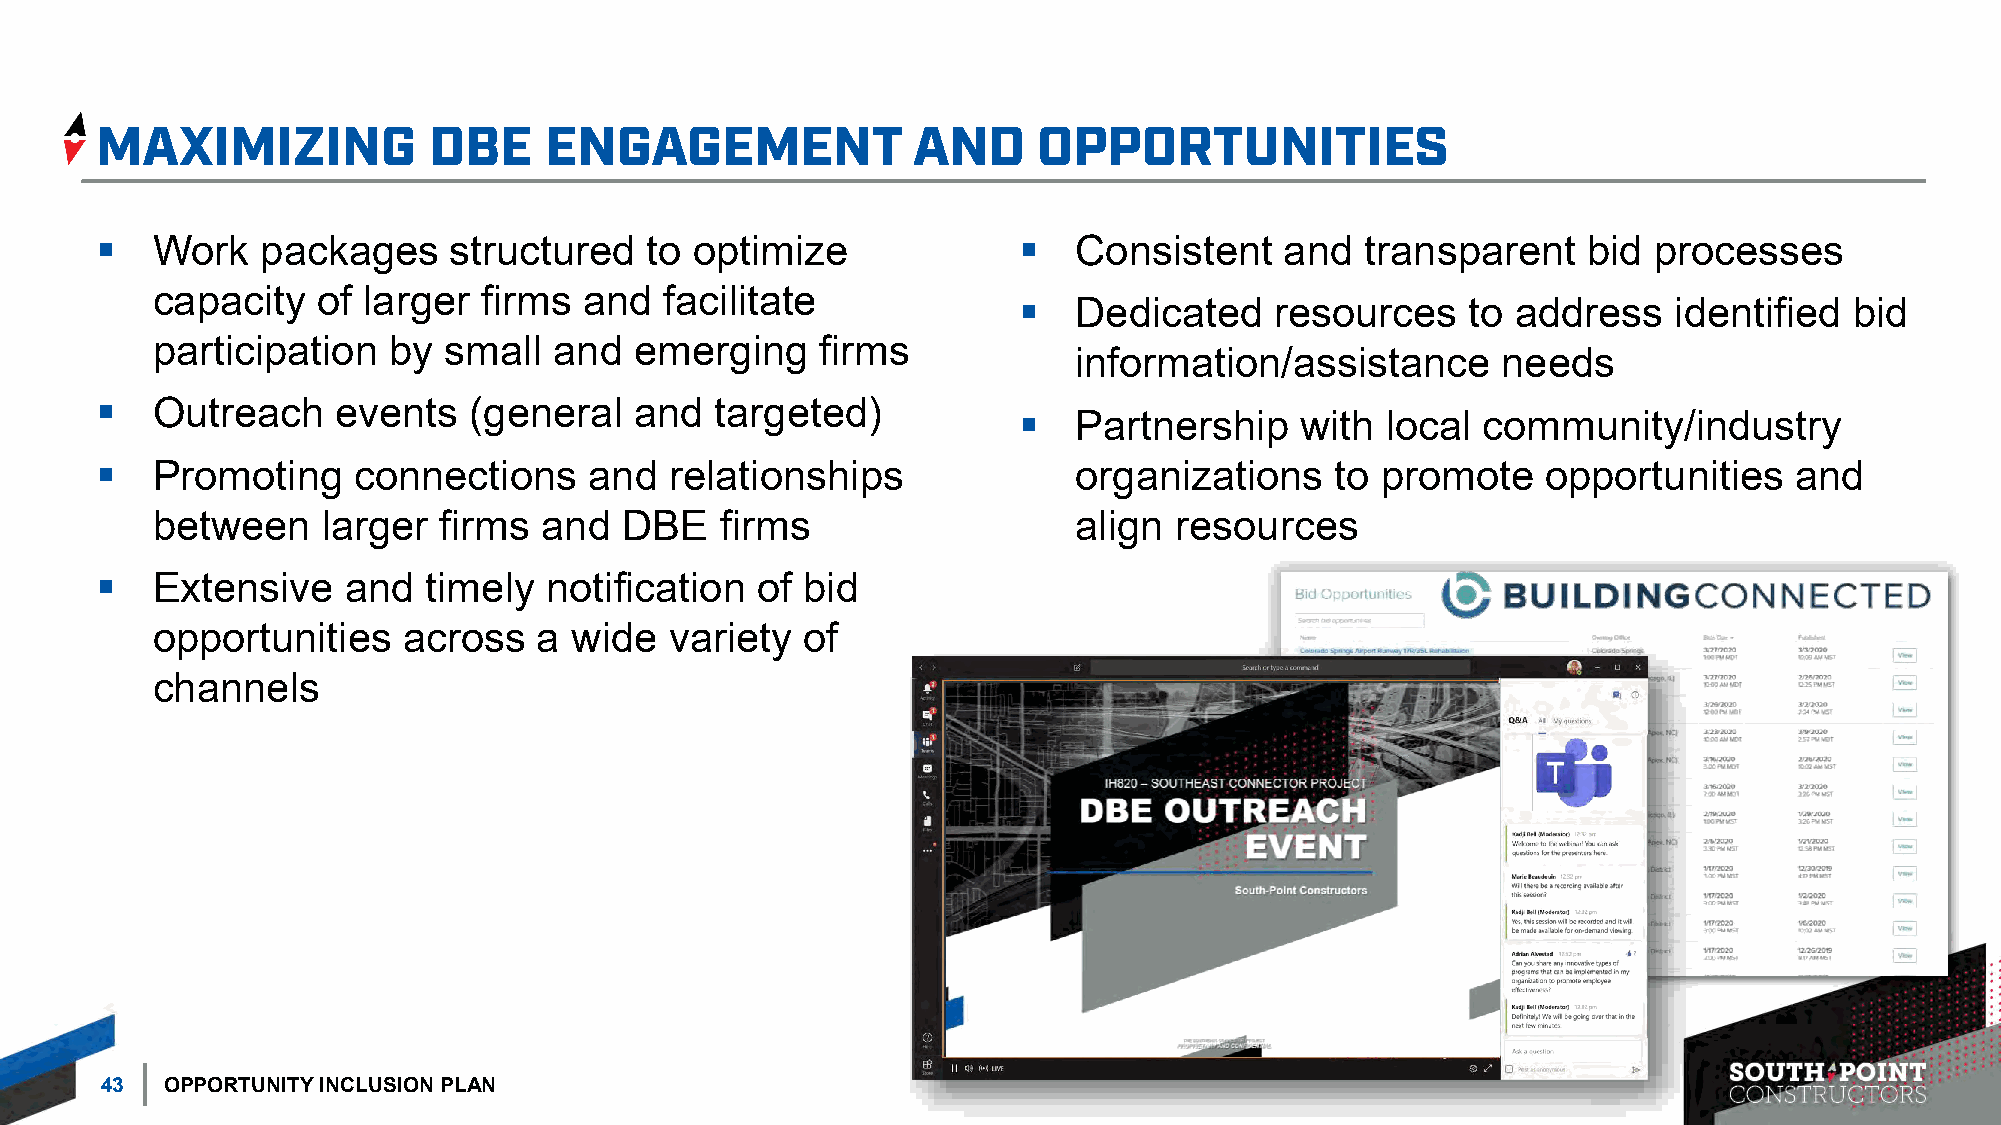
▪   Work   packages     structured   to optimize             ▪   Consistent    and  transparent    bid processes
 capacity   of larger  firms  and  facilitate
 ▪   Dedicated    resources    to address    identified  bid
 participation   by small   and  emerging    firms
 information/assistance      needs
 ▪   Outreach    events   (general   and  targeted)
 ▪   Partnership    with  local community/industry
 ▪   Promoting    connections     and  relationships              organizations    to promote    opportunities    and
 between    larger  firms  and  DBE    firms                  align  resources
 ▪   Extensive    and  timely  notification  of bid
 opportunities    across   a wide  variety  of
 channels
 43  OPPORTUNITY INCLUSION PLAN